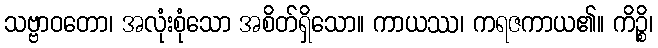
သဗ္ဗာဝတော၊ အလုံးစုံသော အစိတ်ရှိသော။ ကာယဿ၊ ကရဇကာယ၏။ ကိဉ္စိ၊